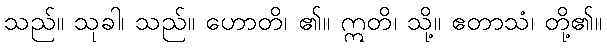
သည်။ သုခါ၊ သည်။ ဟောတိ၊ ၏။ ဣတိ၊ သို့။ ဧတာသံ၊ တို့၏။